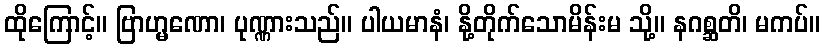
ထိုကြောင့်။ ဗြာဟ္မဏော၊ ပုဏ္ဏားသည်။ ပါယမာနံ၊ နို့တိုက်သောမိန်းမ သို့။ နဂစ္ဆတိ၊ မကပ်။